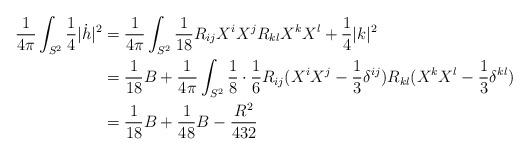
LaTeX: \begin{align*}\frac{1}{4\pi} \int_{S^2} \frac{1}{4} |\dot h|^2 &= \frac{1}{4\pi} \int_{S^2} \frac{1}{18} R_{ij}X^iX^j R_{kl}X^kX^l + \frac{1}{4} |k|^2 \\&= \frac{1}{18}B + \frac{1}{4\pi} \int_{S^2} \frac{1}{8}\cdot \frac{1}{6} R_{ij} (X^iX^j - \frac{1}{3}\delta^{ij}) R_{kl} (X^kX^l - \frac{1}{3}\delta^{kl})\\ &= \frac{1}{18}B + \frac{1}{48}B - \frac{R^2}{432}\end{align*}